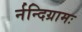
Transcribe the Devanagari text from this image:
र्नन्दिग्रामः